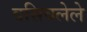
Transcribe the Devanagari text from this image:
वसिवलेले